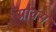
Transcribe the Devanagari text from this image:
प्रोवंस